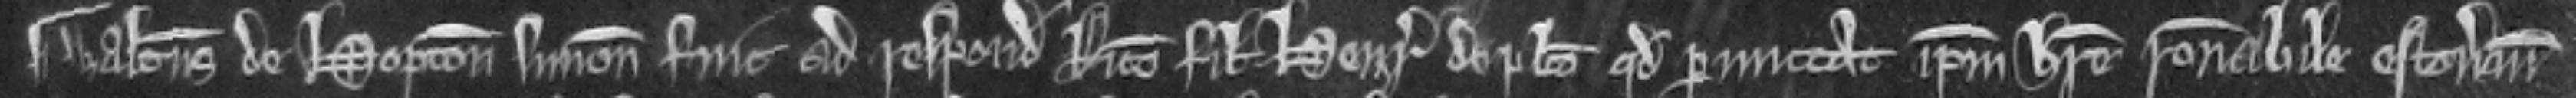
Walterus de Hopton summonitus fuit ad respondendum Ricardo filio Henrici de placito quod permittat ipsum habere racionabile estoverium